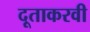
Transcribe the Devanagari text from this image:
दूताकरवी